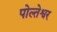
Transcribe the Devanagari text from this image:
पोल्तेश्वर